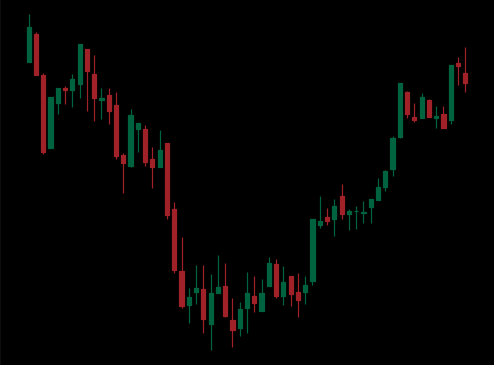
Pattern: inverse_head_shoulders